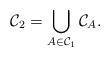
\begin{align*}\mathcal C_2 = \bigcup_{A \in \mathcal C_1} \mathcal C_A.\end{align*}